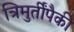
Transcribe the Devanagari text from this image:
त्रिमुर्तींपैकी